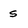
Character: s